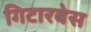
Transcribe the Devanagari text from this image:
गिटारबेस